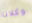
وكلانا